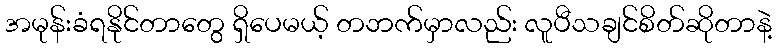
အမုန်းခံရနိုင်တာတွေ ရှိပေမယ့် တဘက်မှာလည်း လူပီသချင်စိတ်ဆိုတာနဲ့